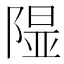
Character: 𨻥